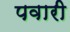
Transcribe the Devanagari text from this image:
पवारी